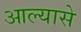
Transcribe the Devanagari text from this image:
आल्यासे